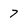
Character: 7